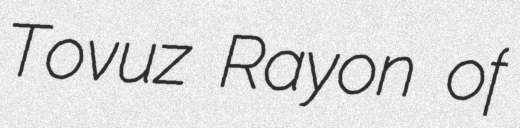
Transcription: Tovuz Rayon of